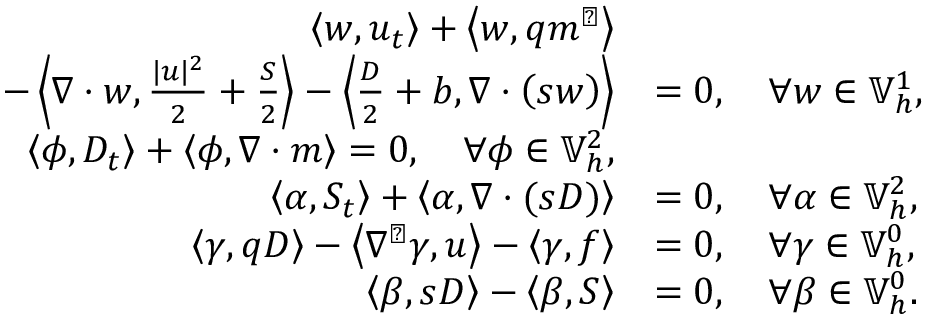
\begin{array} { r l } { \left\langle w , u _ { t } \right\rangle + \left\langle w , q m ^ { \perp } \right\rangle } & { } \\ { \quad - \left\langle \nabla \cdot w , \frac { | u | ^ { 2 } } { 2 } + \frac { S } { 2 } \right\rangle - \left\langle \frac { D } { 2 } + b , \nabla \cdot \left( s w \right) \right\rangle } & { = 0 , \quad \forall w \in \mathbb { V } _ { h } ^ { 1 } , } \\ { \left\langle \phi , D _ { t } \right\rangle + \left\langle \phi , \nabla \cdot m \right\rangle = 0 , \quad \forall \phi \in \mathbb { V } _ { h } ^ { 2 } , } \\ { \left\langle \alpha , S _ { t } \right\rangle + \left\langle \alpha , \nabla \cdot ( s D ) \right\rangle } & { = 0 , \quad \forall \alpha \in \mathbb { V } _ { h } ^ { 2 } , } \\ { \left\langle \gamma , q D \right\rangle - \left\langle \nabla ^ { \perp } \gamma , u \right\rangle - \left\langle \gamma , f \right\rangle } & { = 0 , \quad \forall \gamma \in \mathbb { V } _ { h } ^ { 0 } , } \\ { \left\langle \beta , s D \right\rangle - \left\langle \beta , S \right\rangle } & { = 0 , \quad \forall \beta \in \mathbb { V } _ { h } ^ { 0 } . } \end{array}